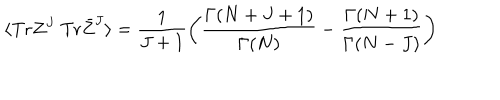
\langle \mathrm { T r } Z ^ { J } ~ \mathrm { T r } \bar { Z } ^ { J } \rangle = \frac { 1 } { J + 1 } \left( \frac { \Gamma ( N + J + 1 ) } { \Gamma ( N ) } - \frac { \Gamma ( N + 1 ) } { \Gamma ( N - J ) } \right)